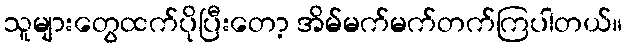
သူများတွေထက်ပိုပြီးတော့ အိမ်မက်မက်တက်ကြပါတယ်။